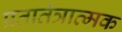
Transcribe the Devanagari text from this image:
प्रतातंत्रात्मक